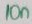
Text: 10n